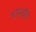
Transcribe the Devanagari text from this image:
आमझौर